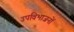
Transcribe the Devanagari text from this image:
उपविभाजनों